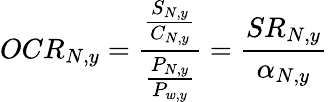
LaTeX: OCR_{N,y}=\frac{\frac{S_{N,y}}{C_{N,y}}}{\frac{P_{N,y}}{P_{w,y}}}=\frac{SR_{N,y}}{\alpha_{N,y}}